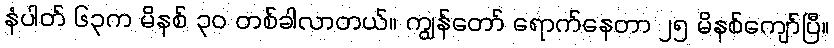
နံပါတ် ၆၃က မိနစ် ၃၀ တစ်ခါလာတယ်။ ကျွန်တော် ရောက်နေတာ ၂၅ မိနစ်ကျော်ပြီ။